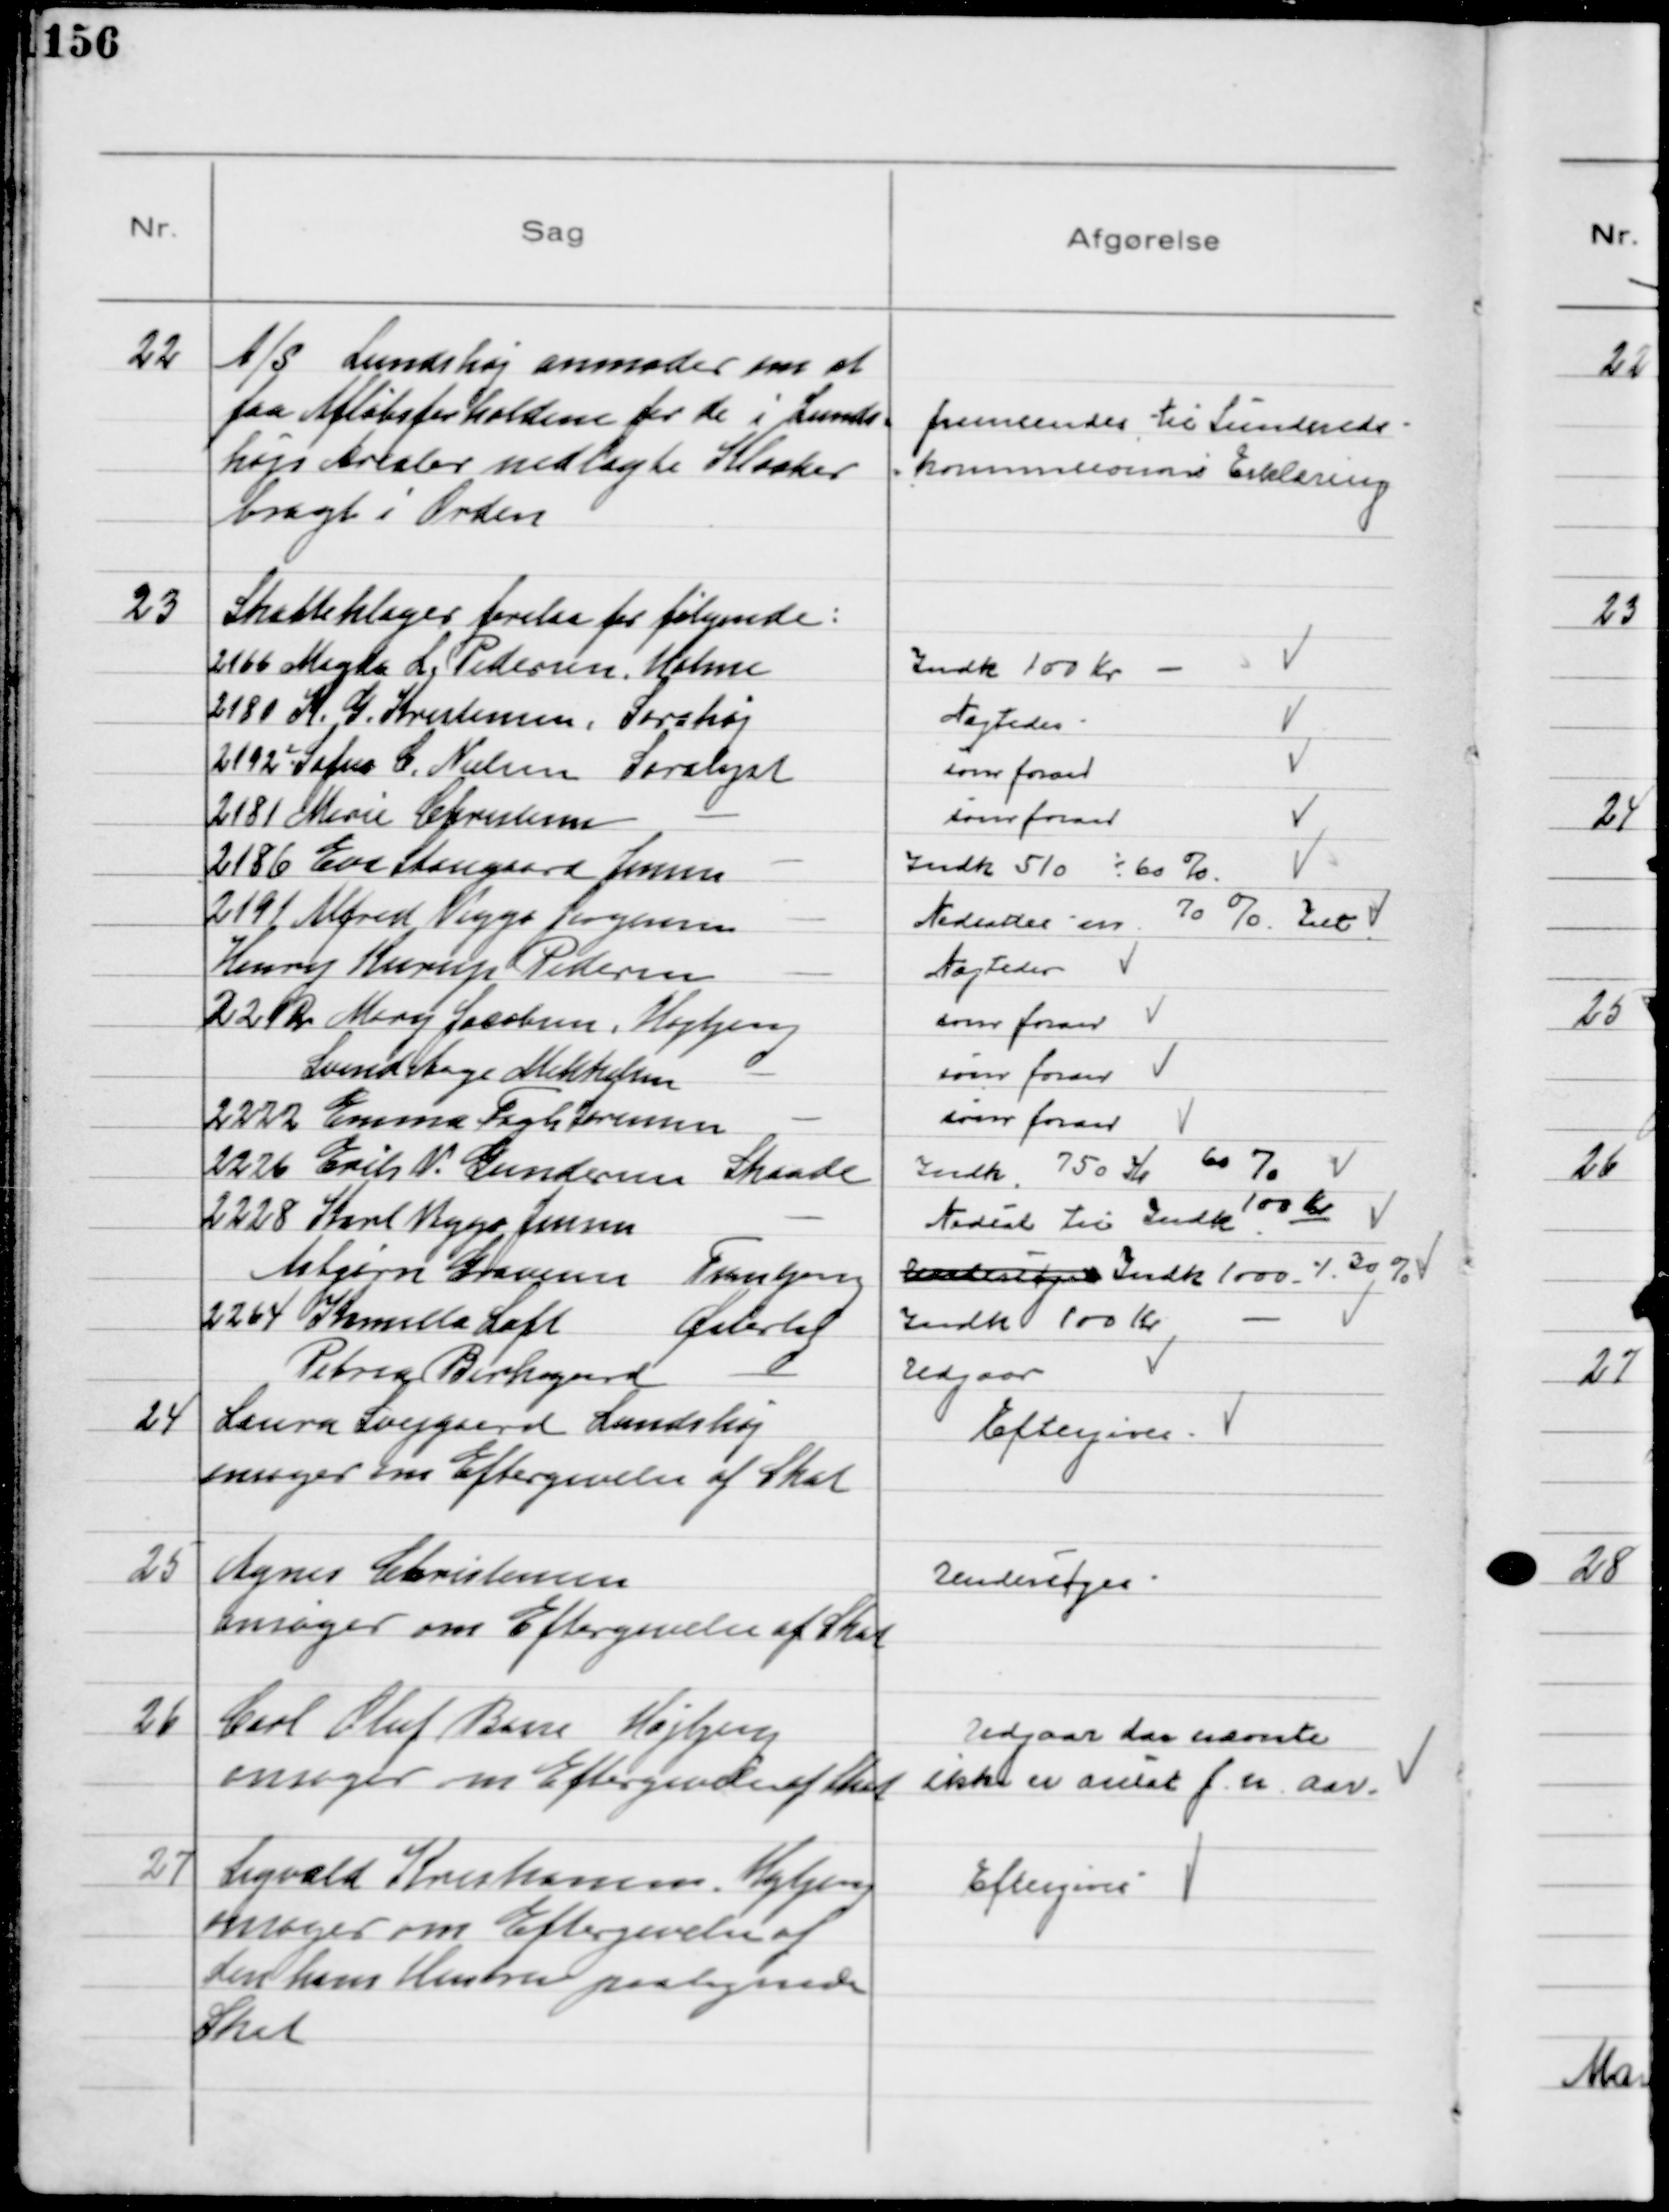
Transskription:
22
A/S Lundshøj anmoder om at
faa Afløbsforholdene for de i Lunds=
højs Arealer nedlagte Kloaker
bragt i Orden
fremsendes til Sundheds-
-kommisionens Erklæring

23
Skatteklager forelaa fra følgende:
2166 Magda L. Pedersen, Holme
Indk 100 Kr 
2180 K. G. Kristensen, Sarahøj
Nægtedes
2192 Sofus C. Nielsen Saralyst
som foran
2181 Marie Christensen   
som foran
2186 Eva Staugaard Jensen   
Indk 510 ÷ 60%
2191 Alfred Viggo Jørgensen  
Nedsattes m. 70% Ialt
Henry Kurup Pedersen  
Nægtedes
2212 Mary Jacobsen, Højbjerg
som foran
Svend Aage Mikkelsen  
som foran
2222 Emma Fogh Sørensen
som foran
2226 Erik V. Gundersen Skaade
Indk. 750 Kr 
60%
2228 Karl Viggo Jensen  
Nedsat til Indk. 
100 Kr
Asbjørn Gravesen Tranbjerg
Undersøges Indk. 1000 ÷ 30%
2264 Kamilla Loft 
Østerby
Indk. 100 Kr
Petrea Birkegaard  
Udgaar

24
Laura Svejgaard Lundshøj
ansøger om Eftergivelse af Skat

Eftergives

25
Agnes Christensen
ansøger om Eftergivelse af Skat

Undersøges

26
Carl Oluf Basse Højbjerg
ansøger om Eftergivelse af Skat

Udgaar da nævnte
ikke er ansat f. n. Aar.

27
Sigvald Kristiansen Højbjerg
ansøger om Eftergivelse af
den hans Hustru paalignede
Skat

Eftergives